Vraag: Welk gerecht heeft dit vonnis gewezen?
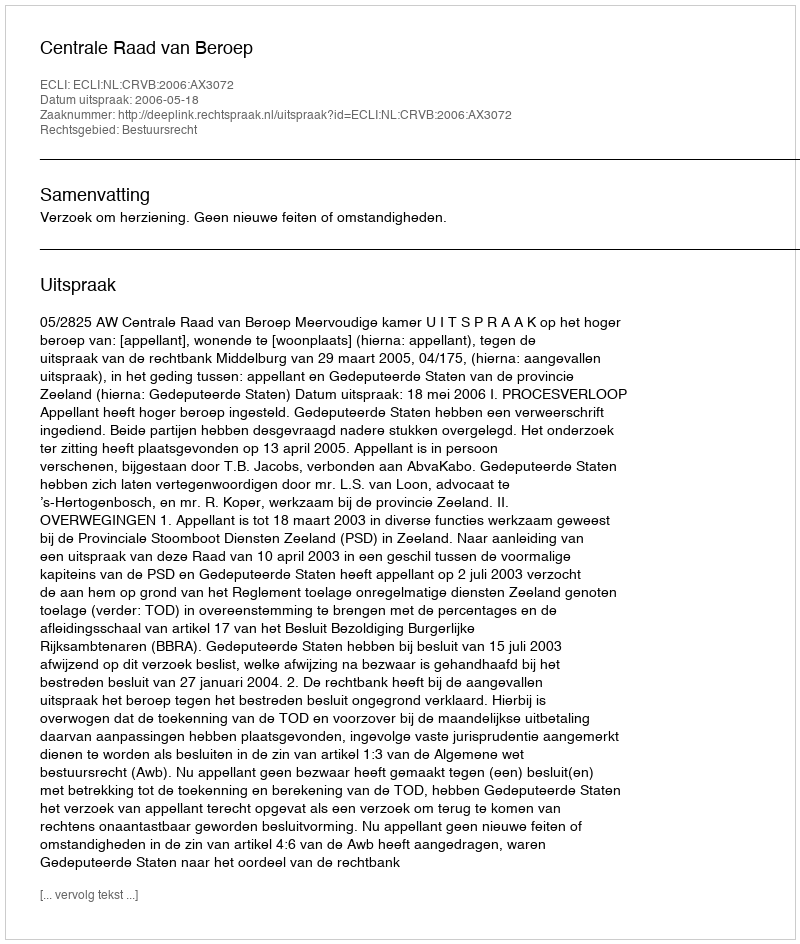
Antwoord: Centrale Raad van Beroep